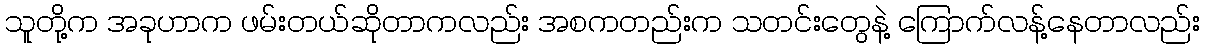
သူတို့က အခုဟာက ဖမ်းတယ်ဆိုတာကလည်း အစကတည်းက သတင်းတွေနဲ့ ကြောက်လန့်နေတာလည်း